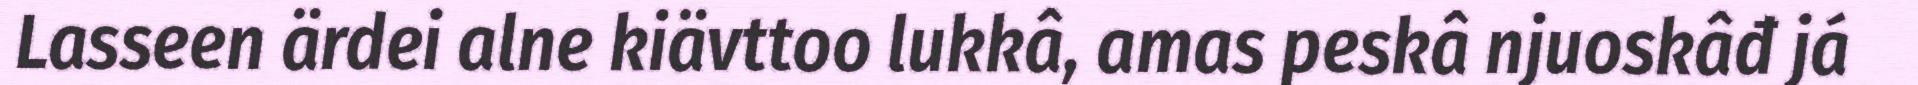
Lasseen ärdei alne kiävttoo lukkâ, amas peskâ njuoskâđ já